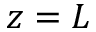
z = L